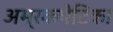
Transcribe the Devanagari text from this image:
अभ्रकपेटिका